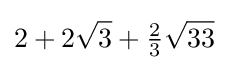
2+2{\sqrt {3}}+{\tfrac {2}{3}}{\sqrt {33}}